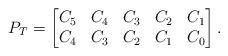
LaTeX: \begin{align*} P_T = \begin{bmatrix} C_5 & C_4 & C_3 & C_2 & C_1 \\C_4 & C_3 & C_2 & C_1 & C_0 \end{bmatrix}.\end{align*}